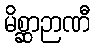
မိစ္ဆာဉာဏီ